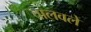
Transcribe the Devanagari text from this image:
चालवले